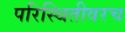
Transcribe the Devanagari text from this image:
परिस्थितीवरच